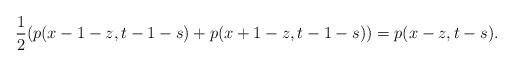
LaTeX: \begin{align*}\frac{1}{2}(p(x-1-z, t-1-s)+ p(x+1-z,t-1-s)) = p(x-z, t-s). \end{align*}